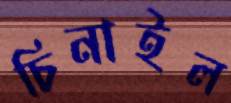
চিনাইল